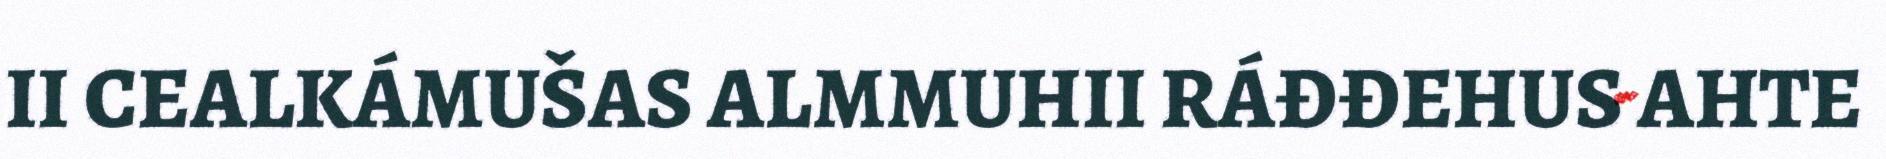
II CEALKÁMUŠAS ALMMUHII RÁĐĐEHUS AHTE